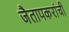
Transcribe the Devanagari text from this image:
जैतापकरांची